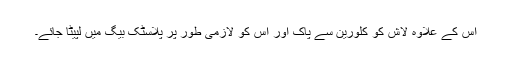
اس کے علاوہ لاش کو کلورین سے پاک اور اس کو لازمی طور پر پلاسٹک بیگ میں لپیٹا جائے۔